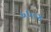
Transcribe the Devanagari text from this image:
६६०४